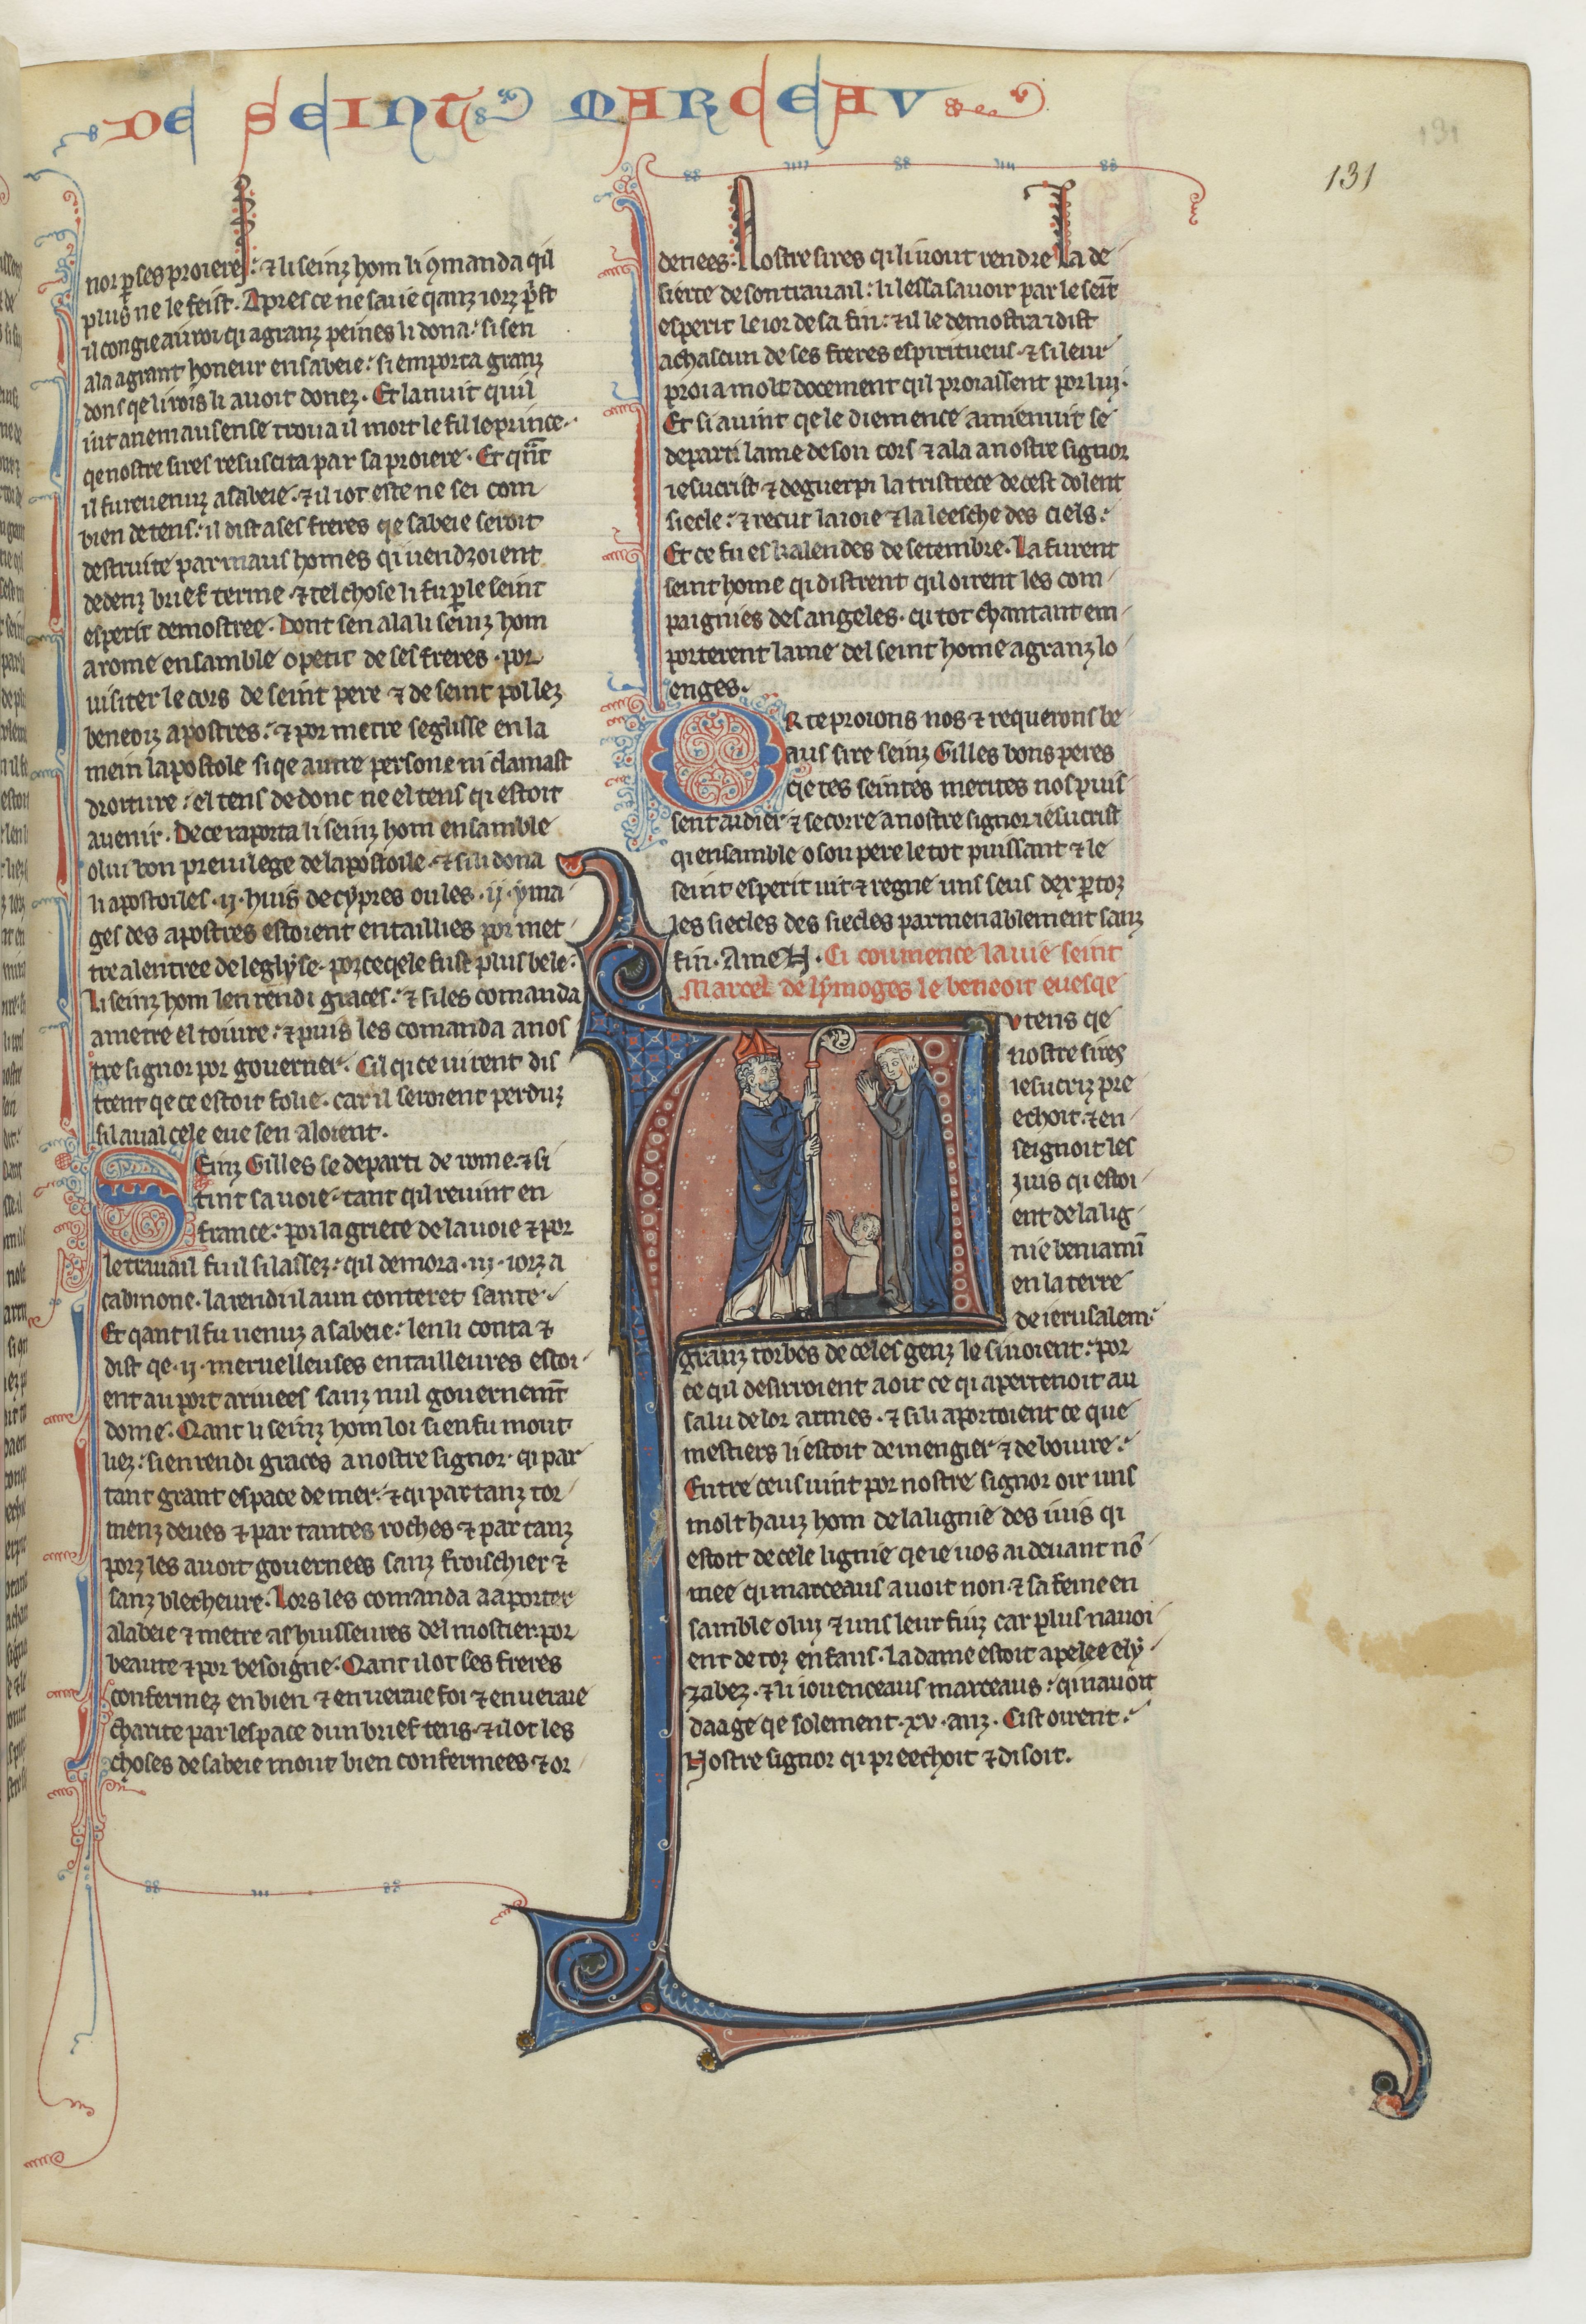
Shelfmark: Paris, BnF, fr. 412
Century: 13